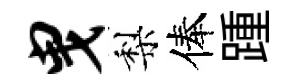
曳梨俸踵